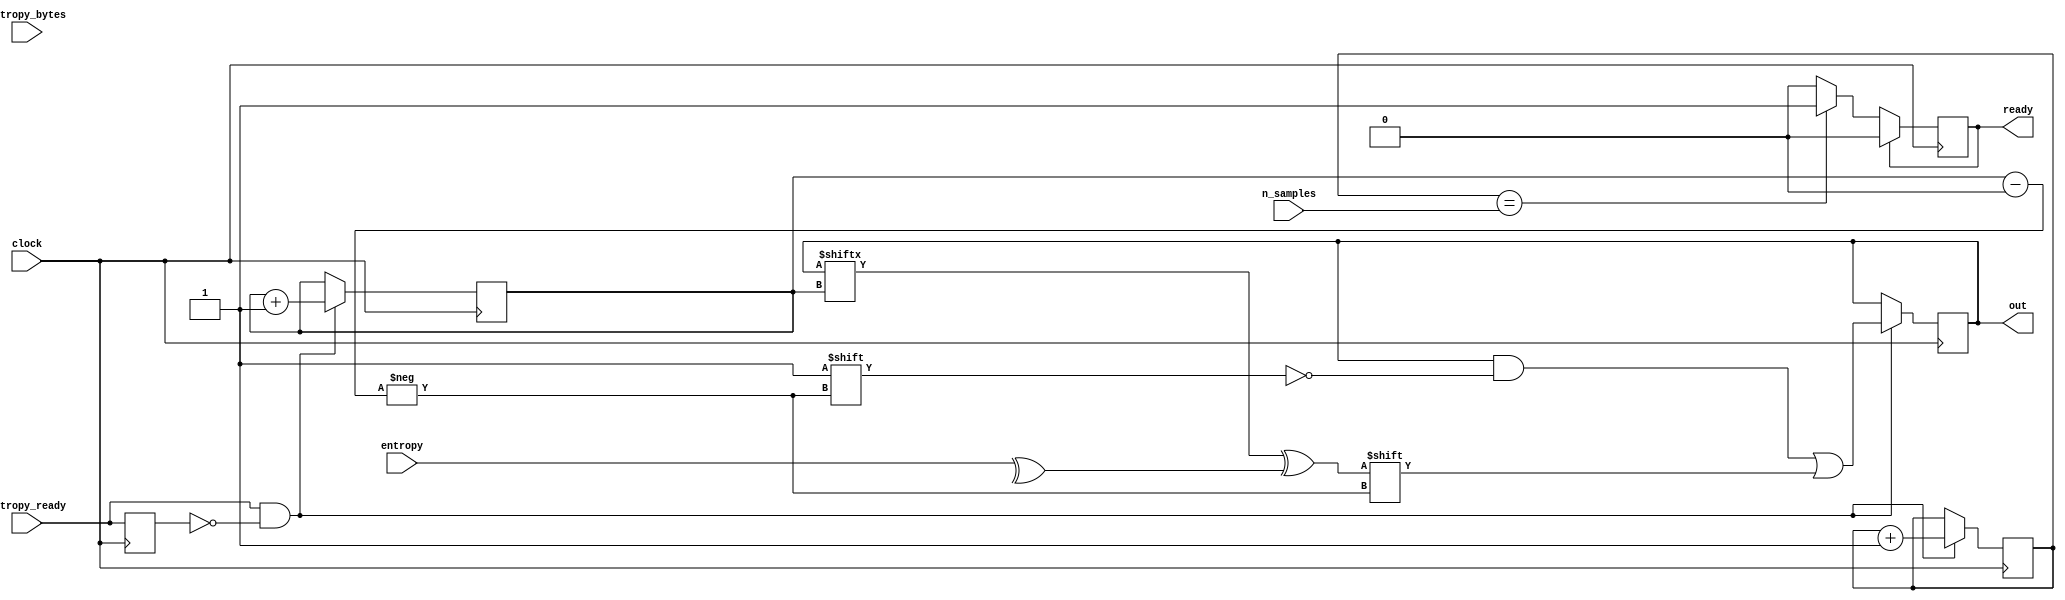
`timescale 1ns / 1ps

module randomnessExtractorXORBuf (
	 input wire clock,
    input wire [31:0] n_samples, // 2.7e6
	 
    input wire [31:0] entropy, // ac97_data[0+:16]
	 input wire [1:0] entropy_bytes, // 2
    input wire entropy_ready, // ready
	 
	 output reg ready,
    output reg [511:0] out
    );
	 
	 parameter BUFFER_LOGSIZE = 8;
	 
	 reg [31:0] sample_count = 0;
	 reg [BUFFER_LOGSIZE-1:0] buffer_index_counter = 0;
	 reg old_entropy_ready;
	 
	 always @(posedge clock) begin
		  if (entropy_ready & (~old_entropy_ready)) begin
				 out[buffer_index_counter] <= out[buffer_index_counter] ^ (^entropy);
				 buffer_index_counter <= buffer_index_counter + 1;
				 sample_count <= sample_count + 1;
		  end
		  if (sample_count == n_samples) ready <= 1;
		  if (ready) ready <= 0;
		  
		  old_entropy_ready <= entropy_ready;
	 end
endmodule